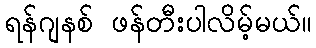
ရန်ဂျနစ် ဖန်တီးပါလိမ့်မယ်။